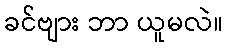
ခင်ဗျား ဘာ ယူမလဲ။